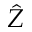
\hat { Z }